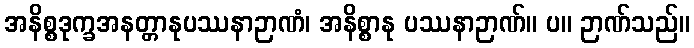
အနိစ္စဒုက္ခအနတ္တာနုပဿနာဉာဏံ၊ အနိစ္စာနု ပဿနာဉာဏ်။ ပ။ ဉာဏ်သည်။